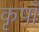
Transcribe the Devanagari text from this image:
कृपाँ